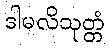
ဒါမလိသုတ္တံ